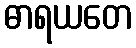
ဓာရယတေ